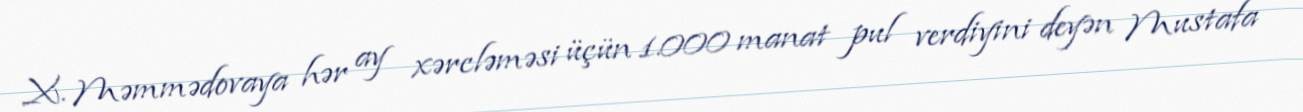
X. Məmmədovaya hər ay xərcləməsi üçün 1.000 manat pul verdiyini deyən Mustafa